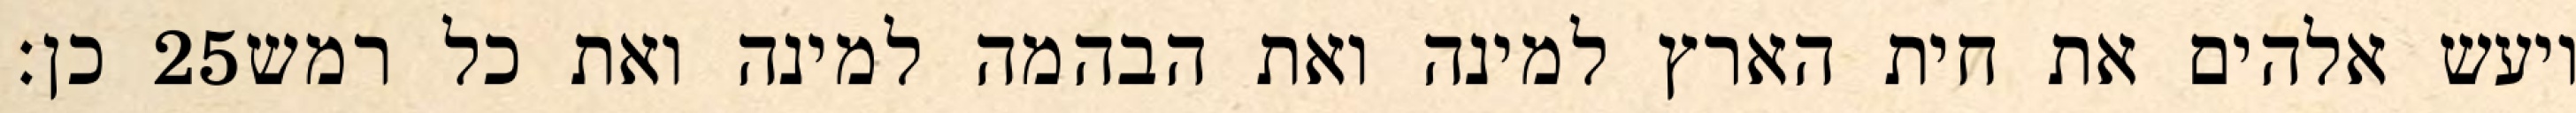
כן׃ ‎25‏ ויעש אלהים את חית הארץ למינה ואת הבהמה למינה ואת כל רמש